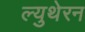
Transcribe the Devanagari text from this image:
ल्युथेरन